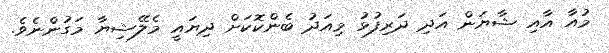
މުއާ އާއި ޝާޔަން އަދި ދަރިފުޅު މިއަދު ބެންކޮކަށް ދިޔައީ މެލޭޝިޔާ މަގުންނެވެ.